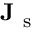
\mathbf { J } _ { \mathrm { ~ s ~ } }